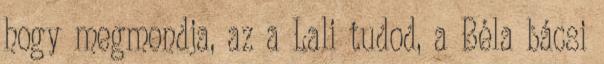
hogy megmondja, az a Lali tudod, a Béla bácsi